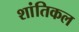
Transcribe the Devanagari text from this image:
शांतिकल